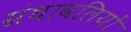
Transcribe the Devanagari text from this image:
ग्रंथावलियों